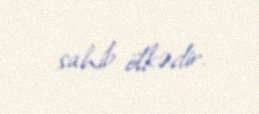
sahib ölkədir.